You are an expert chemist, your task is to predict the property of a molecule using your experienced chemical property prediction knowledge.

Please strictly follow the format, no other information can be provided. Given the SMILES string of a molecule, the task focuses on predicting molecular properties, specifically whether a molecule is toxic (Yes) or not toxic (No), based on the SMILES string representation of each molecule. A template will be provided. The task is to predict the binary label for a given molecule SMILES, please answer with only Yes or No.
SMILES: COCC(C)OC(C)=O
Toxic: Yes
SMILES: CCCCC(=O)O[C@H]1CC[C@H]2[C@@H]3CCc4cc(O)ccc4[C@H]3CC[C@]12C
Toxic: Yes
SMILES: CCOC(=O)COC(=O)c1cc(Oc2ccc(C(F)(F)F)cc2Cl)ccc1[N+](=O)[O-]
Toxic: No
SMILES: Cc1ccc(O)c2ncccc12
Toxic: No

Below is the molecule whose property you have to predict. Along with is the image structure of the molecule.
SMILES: COc1cc2c(cc1OC)[C@@]13CCN4CC5=CCO[C@H]6CC(=O)N2[C@H]1[C@H]6[C@H]5C[C@H]43
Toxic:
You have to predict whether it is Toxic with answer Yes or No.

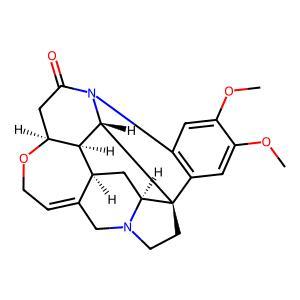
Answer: Yes